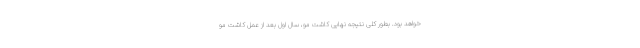
خواهد بود. بطور کلی نتیجه نهایی کاشت مو، سال اول بعد از عمل کاشت مو